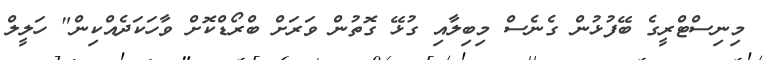
މިނިސްޓްރީގެ ބޭފުޅުން ގެނެސް މިބިލާއި ގުޅޭ ގޮތުން ވަރަށް ބްރޯޑްކޮށް ވާހަކަދެއްކިން" ހަލީލް